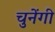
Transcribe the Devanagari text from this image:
चुनेंगी